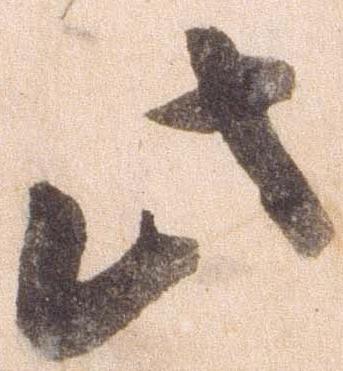
此